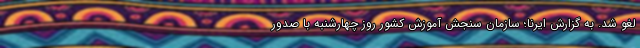
لغو شد. به گزارش ایرنا؛ سازمان سنجش آموزش کشور روز چهارشنبه با صدور